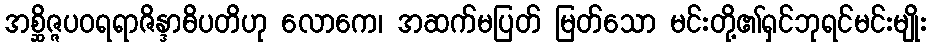
အစ္ဆိဇ္ဇပဝရရာဇိန္ဒာဓိပတိဟု လောကေ၊ အဆက်မပြတ် မြတ်သော မင်းတို့၏ရှင်ဘုရင်မင်းမျိုး